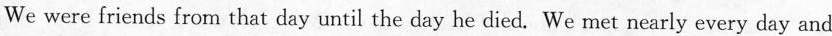
We were friends from that day until the day he died. We met nearly every day and